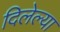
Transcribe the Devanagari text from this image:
दिलेल्‍या